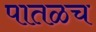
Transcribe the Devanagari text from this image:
पातळच